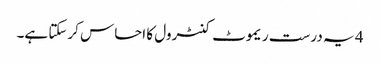
4 یہ درست ریموٹ کنٹرول کا احساس کرسکتا ہے۔